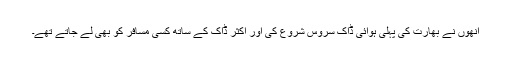
انھوں نے بھارت کی پہلی ہوائی ڈاک سروس شروع کی اور اکثر ڈاک کے ساتھ کسی مسافر کو بھی لے جاتے تھے۔